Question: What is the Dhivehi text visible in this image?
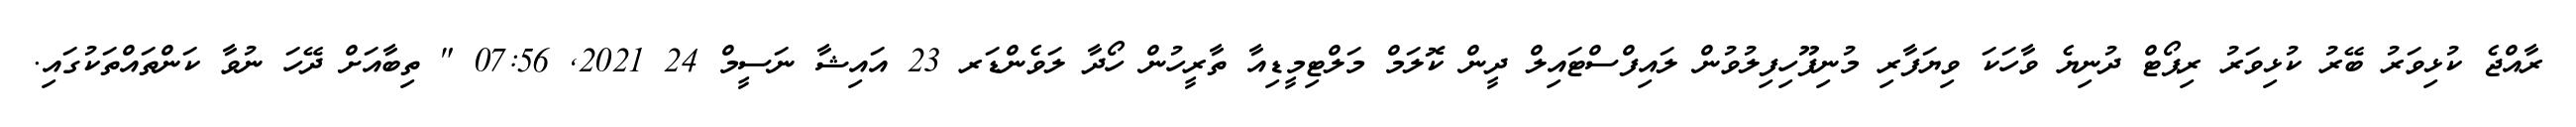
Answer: ރާއްޖެ ކުޅިވަރު ބޭރު ކުޅިވަރު ރިޕޯޓް ދުނިޔެ ވާހަކަ ވިޔަފާރި މުނިފޫހިފިލުވުން ލައިފްސްޓައިލް ދީން ކޮލަމް މަލްޓިމީޑިއާ ތާރީހުން ހޯދާ ލަވެންޑަރ 23 އައިޝާ ނަސީމް 24 2021, 07:56 " ތިބާއަށް ދޭހަ ނުވާ ކަންތައްތަކުގައި.